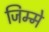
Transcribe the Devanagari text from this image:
जिम्‍मे